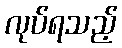
လုပ်ရသည့်